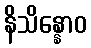
နိသိန္နောဝ